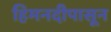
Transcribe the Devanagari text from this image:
हिमनदीपासून